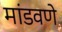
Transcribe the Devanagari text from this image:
मांडवणे